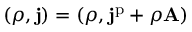
( \rho , \mathbf { j } ) = ( \rho , \mathbf { j } ^ { \mathrm { p } } + \rho \mathbf { A } )